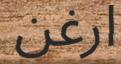
ارغن